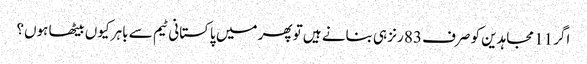
اگر 11 مجاہدین کو صرف 83 رنز ہی بنانے ہیں تو پھر میں پاکستانی ٹیم سے باہر کیوں بیٹھا ہوں؟